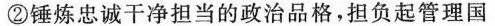
②锤炼忠诚干净担当的政治品格，担负起管理国